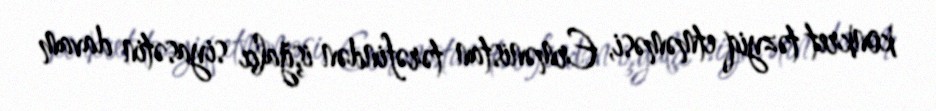
konkret təzyiq etməməsi, Ermənistan tərəfindən işğalçı siyasətin davam